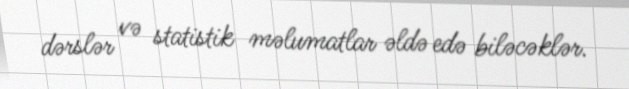
dərslər və statistik məlumatlar əldə edə biləcəklər.